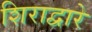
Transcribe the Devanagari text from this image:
शिराद्वारे